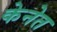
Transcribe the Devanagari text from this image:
केनेत